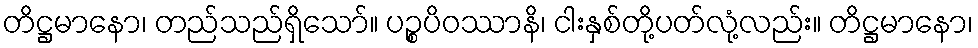
တိဋ္ဌမာနော၊ တည်သည်ရှိသော်။ ပဉ္စပိဝဿာနိ၊ ငါးနှစ်တို့ပတ်လုံ့လည်း။ တိဋ္ဌမာနော၊